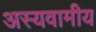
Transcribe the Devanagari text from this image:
अस्यवामीय